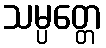
သမ္ပတ္တေ